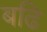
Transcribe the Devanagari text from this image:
बढि